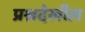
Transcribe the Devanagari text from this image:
प्रश्नदेखील